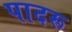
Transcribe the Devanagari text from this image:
पादरू